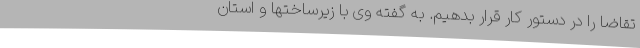
تقاضا را در دستور کار قرار بدهیم. به گفته وی با زیرساختها و استان